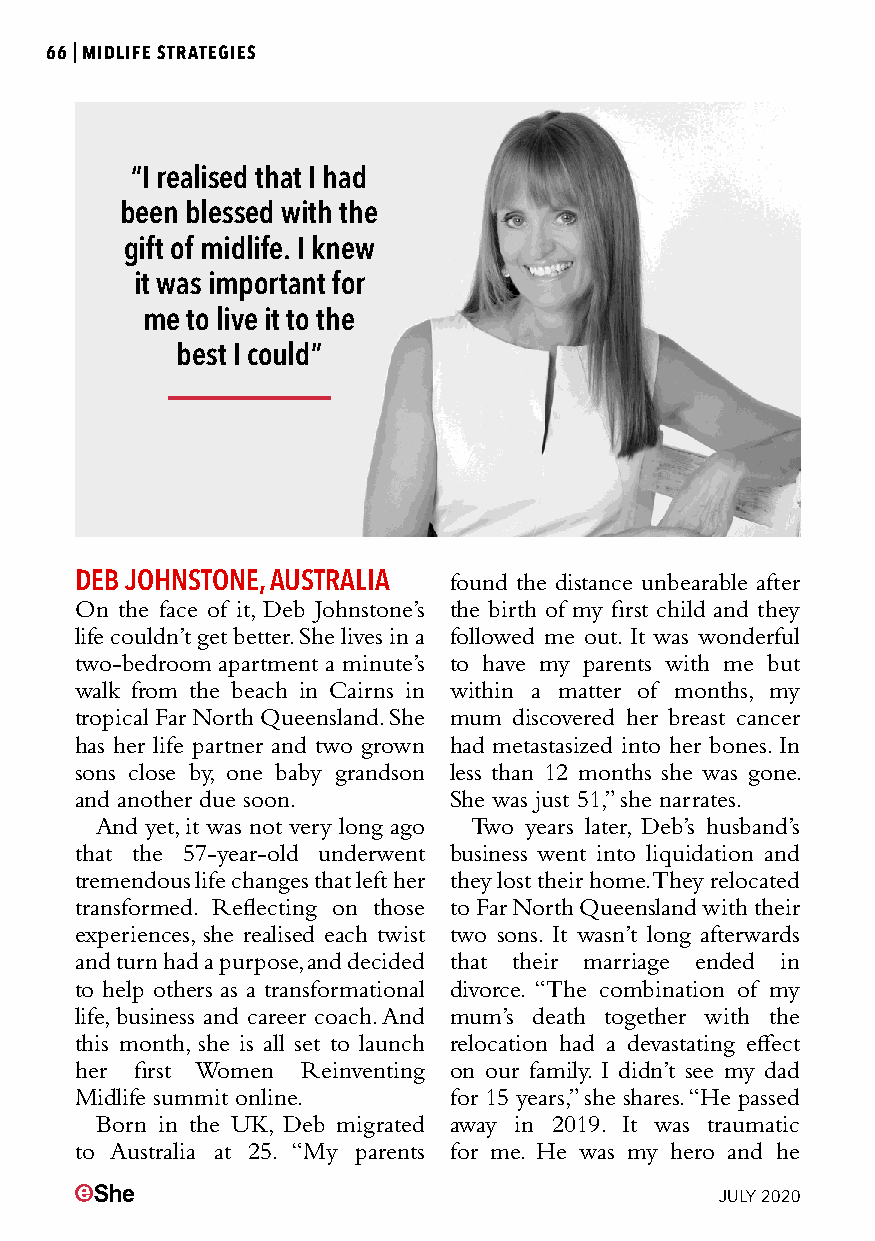
66|MIDLIFE STRATEGIES
 “I realised that I had
 been blessed with the
 gift of midlife. I knew
 it was important for
 me to live it to the
 best I could”
 DEB JOHNSTONE, AUSTRALIA found the distance unbearable after
 On the face of it, Deb Johnstone’s the birth of my first child and they
 life couldn’t get better. She lives in a followed me out. It was wonderful
 two-bedroom apartment a minute’s to have my parents with me but
 walk from the beach in Cairns in within a matter of months, my
 tropical Far North Queensland. She mum discovered her breast cancer
 has her life partner and two grown had metastasized into her bones. In
 sons close by, one baby grandson less than 12 months she was gone.
 and another due soon.    She was just 51,” she narrates.
 And yet, it was not very long ago Two years later, Deb’s husband’s
 that the 57-year-old underwent business went into liquidation and
 tremendous life changes that left her they lost their home. They relocated
 transformed. Reflecting on those to Far North Queensland with their
 experiences, she realised each twist two sons. It wasn’t long afterwards
 and turn had a purpose, and decided that their marriage ended in
 to help others as a transformational divorce. “The combination of my
 life, business and career coach. And mum’s death together with the
 this month, she is all set to launch relocation had a devastating effect
 her first Women Reinventing on our family. I didn’t see my dad
 Midlife summit online.   for 15 years,” she shares. “He passed
 Born in the UK, Deb migrated away in 2019. It was traumatic
 to Australia at 25. “My parents for me. He was my hero and he
 JULY 2020